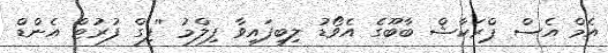
އެމް އެސް ޕްރަކާޝް ބާބޫގެ އެވޯޑު ލިބިފައިވާ ފިލްމު ''ފިގް ފުރުޓް އެންޑް